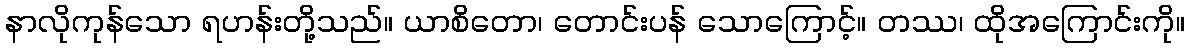
နာလိုကုန်သော ရဟန်းတို့သည်။ ယာစိတော၊ တောင်းပန် သောကြောင့်။ တဿ၊ ထိုအကြောင်းကို။